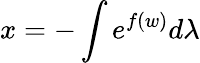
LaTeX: x=-\int e^{f(w)}d\lambda